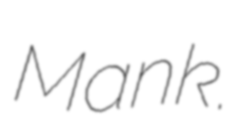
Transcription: Mank.